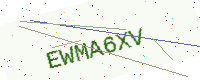
Text: EWMA6XV